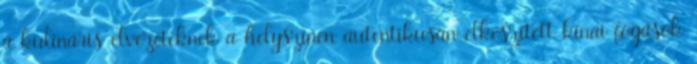
a kulináris élvezeteknek a helyszínen autentikusan elkészített kínai fogások